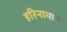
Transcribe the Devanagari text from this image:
हरिनामात